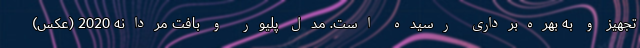
تجهیز و به بهره‌برداری رسیده است. مدل پلیور و بافت مردانه 2020 (عکس)